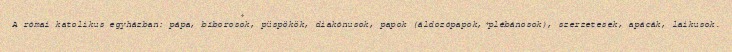
A római katolikus egyházban: pápa, bíborosok, püspökök, diakónusok, papok (áldozópapok, plébánosok), szerzetesek, apácák, laikusok.